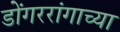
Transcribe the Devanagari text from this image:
डोंगररांगाच्या